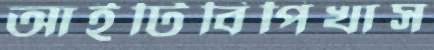
আইটিবিপিখাস